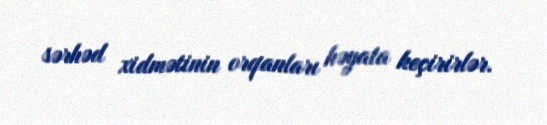
sərhəd xidmətinin orqanları həyata keçirirlər.